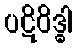
ပဋိဝိဒ္ဓါ